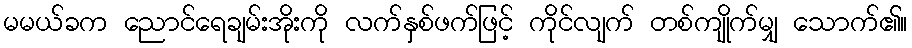
မမယ်ခက ညောင်ရေချမ်းအိုးကို လက်နှစ်ဖက်ဖြင့် ကိုင်လျက် တစ်ကျိုက်မျှ သောက်၏။